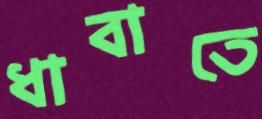
ধাবাতে